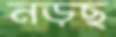
নড়ছ